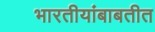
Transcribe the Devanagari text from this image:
भारतीयांबाबतीत